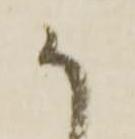
か